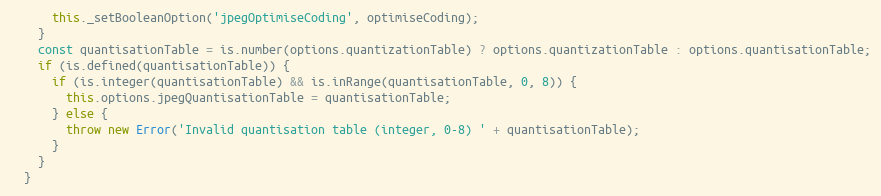
Language: JavaScript
      this._setBooleanOption('jpegOptimiseCoding', optimiseCoding);
    }
    const quantisationTable = is.number(options.quantizationTable) ? options.quantizationTable : options.quantisationTable;
    if (is.defined(quantisationTable)) {
      if (is.integer(quantisationTable) && is.inRange(quantisationTable, 0, 8)) {
        this.options.jpegQuantisationTable = quantisationTable;
      } else {
        throw new Error('Invalid quantisation table (integer, 0-8) ' + quantisationTable);
      }
    }
  }